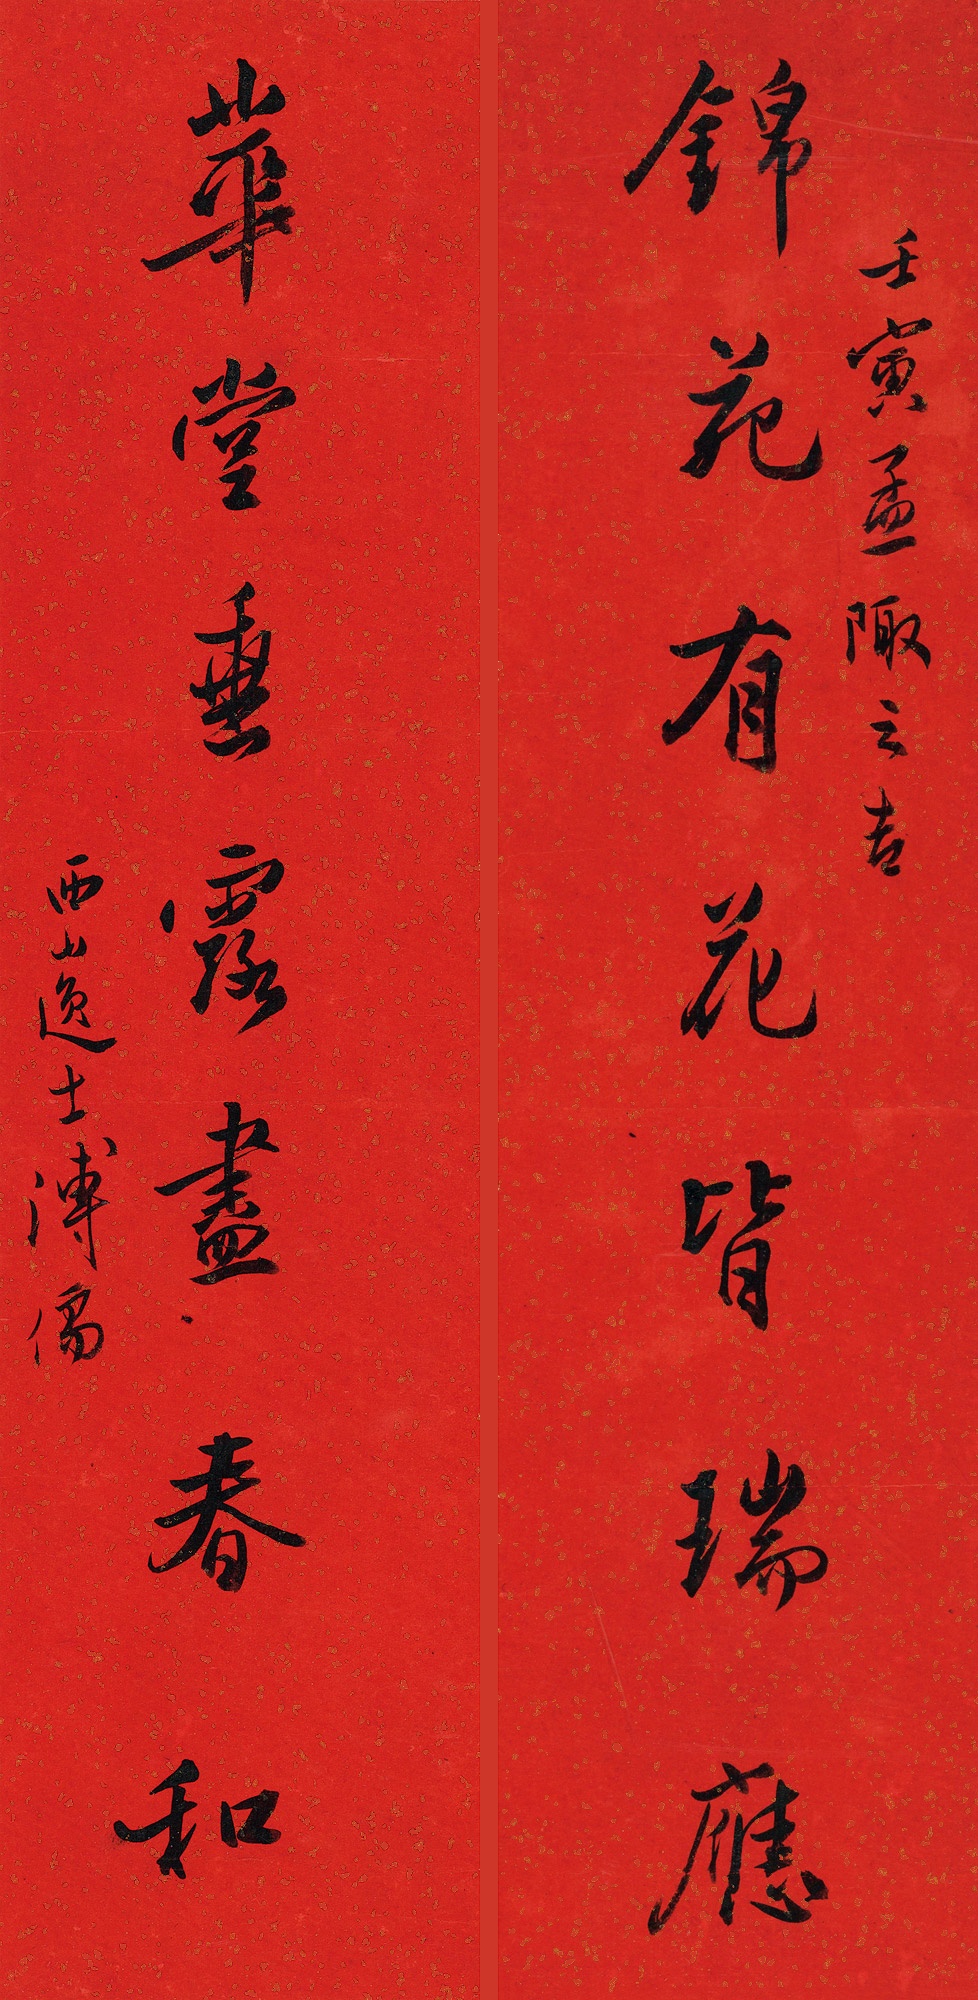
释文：锦苑有花皆瑞应，华堂垂露尽春和。壬寅孟陬之吉，西山逸士溥儒。